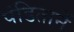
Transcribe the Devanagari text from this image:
पंडितानें